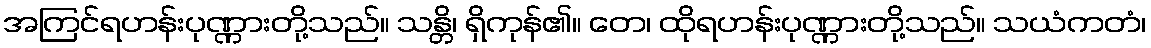
အကြင်ရဟန်းပုဏ္ဏားတို့သည်။ သန္တိ၊ ရှိကုန်၏။ တေ၊ ထိုရဟန်းပုဏ္ဏားတို့သည်။ သယံကတံ၊